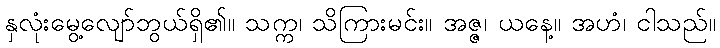
နှလုံးမွေ့လျော်ဘွယ်ရှိ၏။ သက္က၊ သိကြားမင်း။ အဇ္ဇ၊ ယနေ့။ အဟံ၊ ငါသည်။